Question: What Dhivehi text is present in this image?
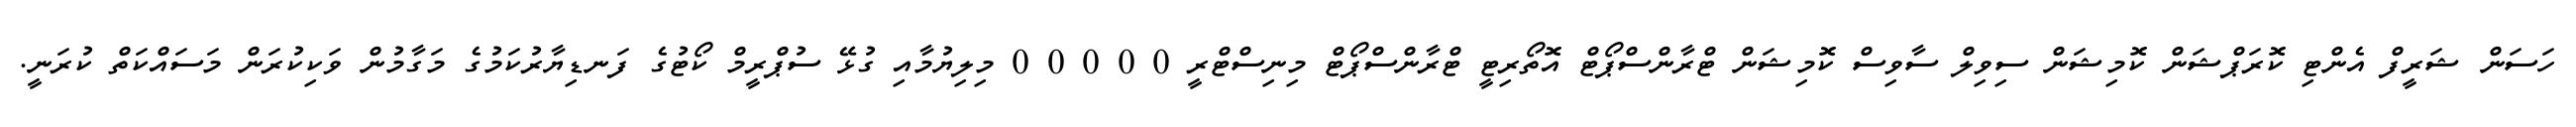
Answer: ހަސަން ޝަރީފް އެންޓި ކޮރަޕްޝަން ކޮމިޝަން ސިވިލް ސާވިސް ކޮމިޝަން ޓްރާންސްޕޯޓް އޮތޯރިޓީ ޓްރާންސްޕޯޓް މިނިސްޓްރީ 0 0 0 0 0 މިލިޔުމާއި ގުޅޭ ސުޕްރީމް ކޯޓުގެ ފަނޑިޔާރުކަމުގެ މަގާމުން ވަކިކުރަން މަސައްކަތް ކުރަނީ.